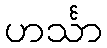
ဟင်္သာ